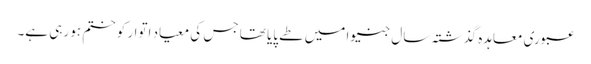
عبوری معاہدہ گذشتہ سال جنیوا میں طے پایا تھا جس کی معیاد اتوار کو ختم ہو رہی ہے۔